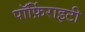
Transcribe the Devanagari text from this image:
पॉर्फ़िराइटी